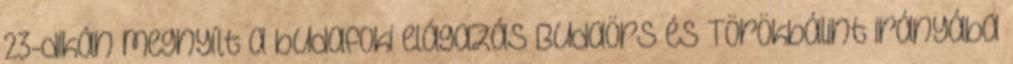
23-dikán megnyílt a budafoki elágazás Budaörs és Törökbálint irányába